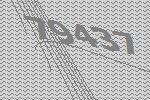
79437